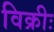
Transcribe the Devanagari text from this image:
विक्रीः